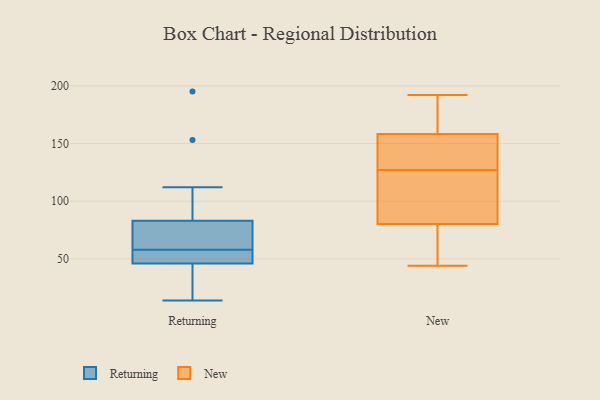
{"axis": {"x": "Headcount", "y": "Value"}, "legend": ["New", "Returning"], "data": [{"x": "", "y": 54, "type": "Returning"}, {"x": "", "y": 14, "type": "Returning"}, {"x": "", "y": 112, "type": "Returning"}, {"x": "", "y": 55, "type": "Returning"}, {"x": "", "y": 52, "type": "Returning"}, {"x": "", "y": 46, "type": "Returning"}, {"x": "", "y": 83, "type": "Returning"}, {"x": "", "y": 153, "type": "Returning"}, {"x": "", "y": 78, "type": "Returning"}, {"x": "", "y": 34, "type": "Returning"}, {"x": "", "y": 61, "type": "Returning"}, {"x": "", "y": 195, "type": "Returning"}, {"x": "", "y": 65, "type": "Returning"}, {"x": "", "y": 31, "type": "Returning"}, {"x": "", "y": 69, "type": "New"}, {"x": "", "y": 192, "type": "New"}, {"x": "", "y": 181, "type": "New"}, {"x": "", "y": 75, "type": "New"}, {"x": "", "y": 99, "type": "New"}, {"x": "", "y": 99, "type": "New"}, {"x": "", "y": 44, "type": "New"}, {"x": "", "y": 58, "type": "New"}, {"x": "", "y": 144, "type": "New"}, {"x": "", "y": 82, "type": "New"}, {"x": "", "y": 158, "type": "New"}, {"x": "", "y": 151, "type": "New"}, {"x": "", "y": 89, "type": "New"}, {"x": "", "y": 159, "type": "New"}, {"x": "", "y": 183, "type": "New"}, {"x": "", "y": 131, "type": "New"}, {"x": "", "y": 127, "type": "New"}]}